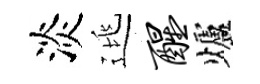
淡逃醒爐